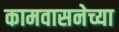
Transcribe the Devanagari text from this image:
कामवासनेच्या